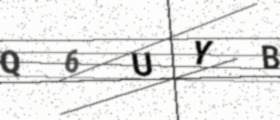
Text: Q6UYB